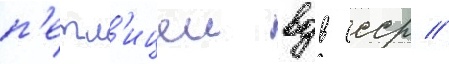
п'етл'ицеи вдв ссср //